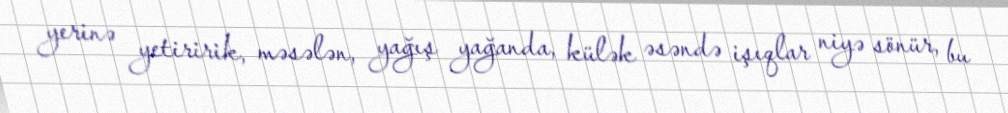
yerinə yetiririk, məsələn, yağış yağanda, külək əsəndə işıqlar niyə sönür, bu